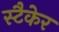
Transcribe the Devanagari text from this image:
स्टैकेर